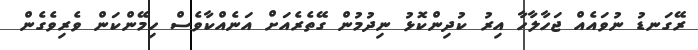
ރޭގަނޑު ނުވައެއް ޖަހާލާހާ އިރު ކުދިންކޮޅު ނިދުމުން ގޭތެރެއަށް އަނެއްކާވެސް ހިމޭންކަން ވެރިވެގެން